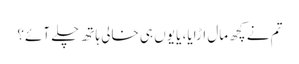
تم نے کچھ مال اڑایا، یا یوں ہی خالی ہاتھ چلے آئے؟